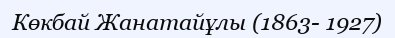
Көкбай Жанатайұлы (1863- 1927)